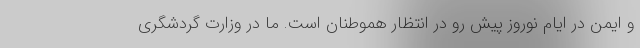
و ایمن در ایام نوروز پیش رو در انتظار هموطنان است. ما در وزارت گردشگری